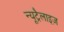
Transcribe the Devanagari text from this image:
न्यूट्रैलाइज़